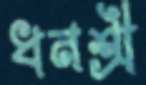
ধনশ্রী